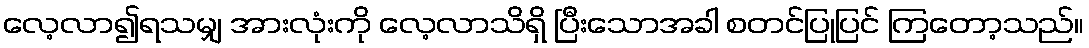
လေ့လာ၍ရသမျှ အားလုံးကို လေ့လာသိရှိ ပြီးသောအခါ စတင်ပြုပြင် ကြတော့သည်။